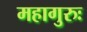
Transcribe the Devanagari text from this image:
महागुरुः